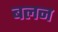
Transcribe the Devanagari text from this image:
बलन